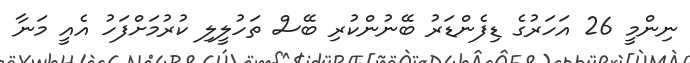
ނިންމީ 26 އަހަރުގެ ޑިފެންޑަރު ބޭނުންކުރި ބޭސް ތަހުލީލި ކުރުމަށްފަހު އެއީ މަނާ